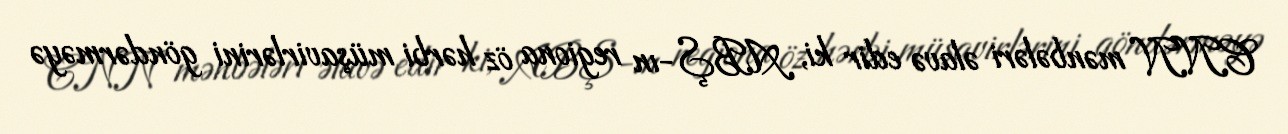
CNN mənbələri əlavə edir ki, ABŞ-ın regiona öz hərbi müşavirlərini göndərməyə